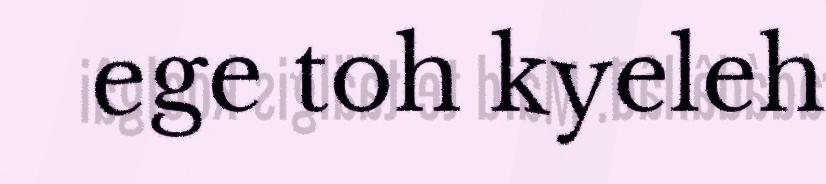
ege toh kyeleh